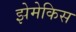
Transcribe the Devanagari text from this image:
झेमेकिस